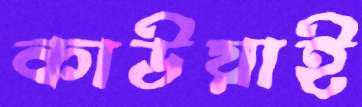
কাউয়াই